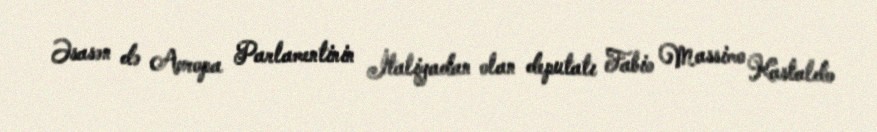
Əsasən də Avropa Parlamentinin İtaliyadan olan deputatı Fabio Massimo Kastaldo